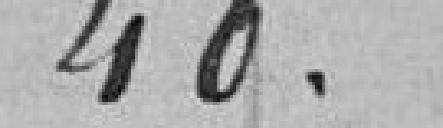
40